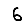
Digit: 6